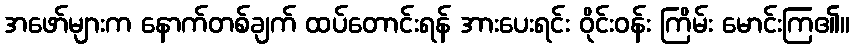
အဖော်များက နောက်တစ်ချက် ထပ်တောင်းရန် အားပေးရင်း ဝိုင်းဝန်း ကြိမ်း မောင်းကြ၏။